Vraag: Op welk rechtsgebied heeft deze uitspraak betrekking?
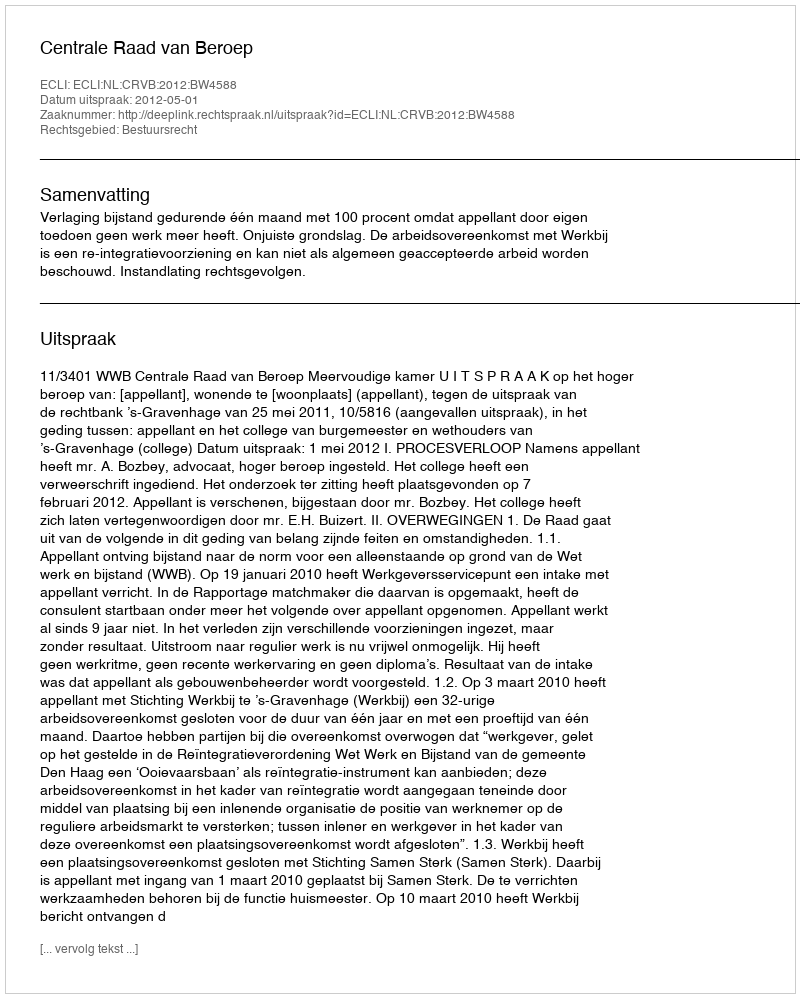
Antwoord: Bestuursrecht